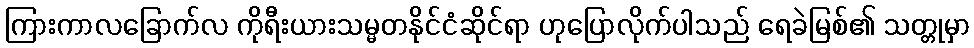
ကြားကာလခြောက်လ ကိုရီးယားသမ္မတနိုင်ငံဆိုင်ရာ ဟုပြောလိုက်ပါသည် ရေခဲမြစ်၏ သတ္တုမှာ